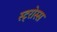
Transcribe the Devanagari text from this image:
स्ट्रोस्स